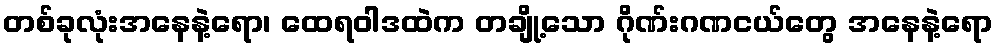
တစ်ခုလုံးအနေနဲ့ရော၊ ထေရဝါဒထဲက တချို့သော ဂိုဏ်းဂဏငယ်တွေ အနေနဲ့ရော